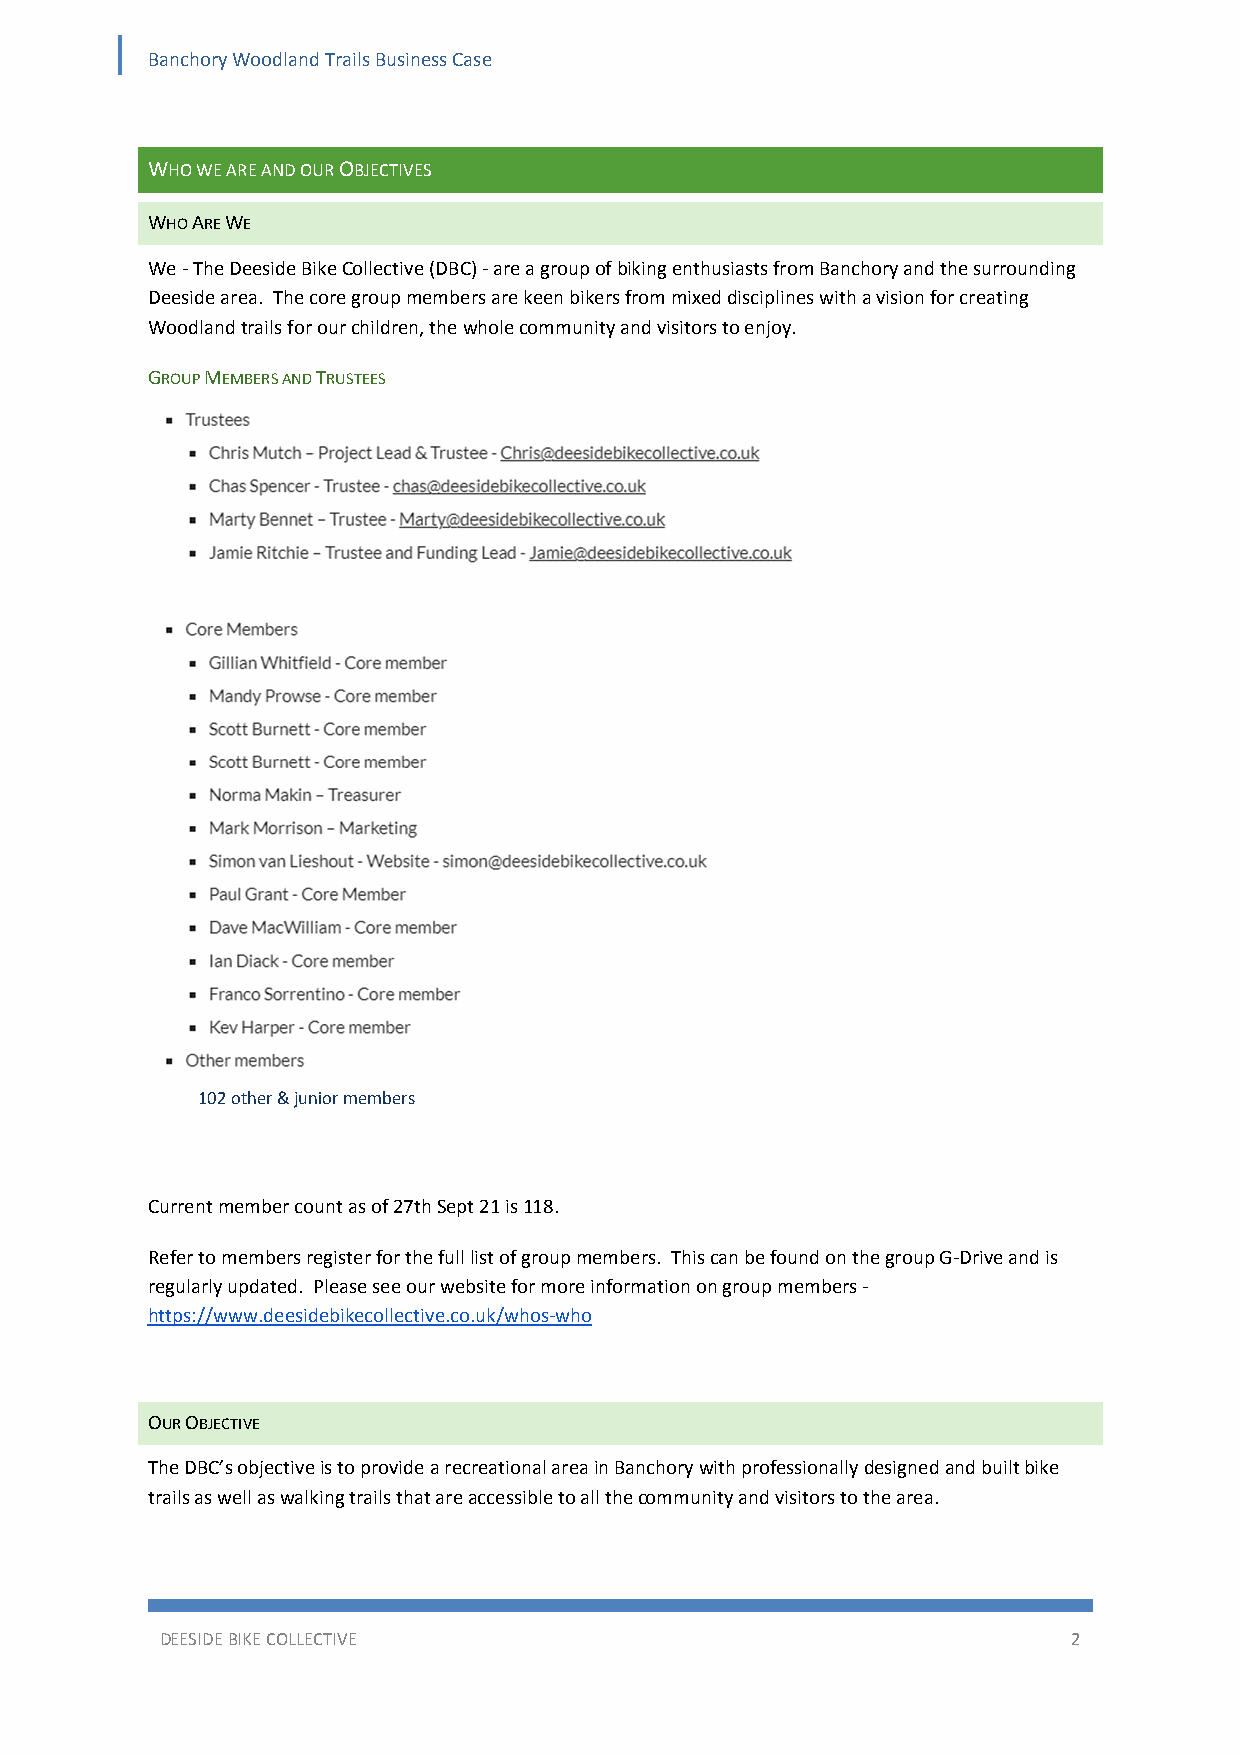
Banchory Woodland Trails Business Case
 WHO WE ARE AND OUR OBJECTIVES
 WHO ARE WE
 We ‐ The Deeside Bike Collective (DBC) ‐ are a group of biking enthusiasts from Banchory and the surrounding
 Deeside area. The core group members are keen bikers from mixed disciplines with a vision for creating
 Woodland trails for our children, the whole community and visitors to enjoy.
 GROUP MEMBERS AND TRUSTEES
 102 other & junior members
 Current member count as of 27th Sept 21 is 118.
 Refer to members register for the full list of group members. This can be found on the group G‐Drive and is
 regularly updated. Please see our website for more information on group members ‐
 https://www.deesidebikecollective.co.uk/whos‐who
 OUR OBJECTIVE
 The DBC’s objective is to provide a recreational area in Banchory with professionally designed and built bike
 trails as well as walking trails that are accessible to all the community and visitors to the area.
 DEESIDE BIKE COLLECTIVE                                     2